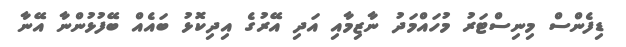
ޑިފެންސް މިނިސްޓަރު މުހައްމަދު ނާޒިމާއި އަދި އޭރުގެ އިދިކޮޅު ބައެއް ބޭފުޅުންނާ އޭނާ